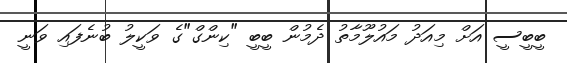
ބީބީސީ އަށް މިއަދު މައުލޫމާތު ދެމުން ބީބީ "ކިންގް"ގެ ވަކީލު ބުނެފައި ވަނީ